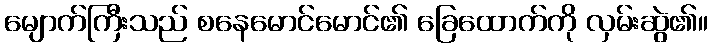
မျောက်ကြီးသည် စနေမောင်မောင်၏ ခြေထောက်ကို လှမ်းဆွဲ၏။